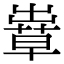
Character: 𦸶